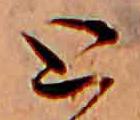
と